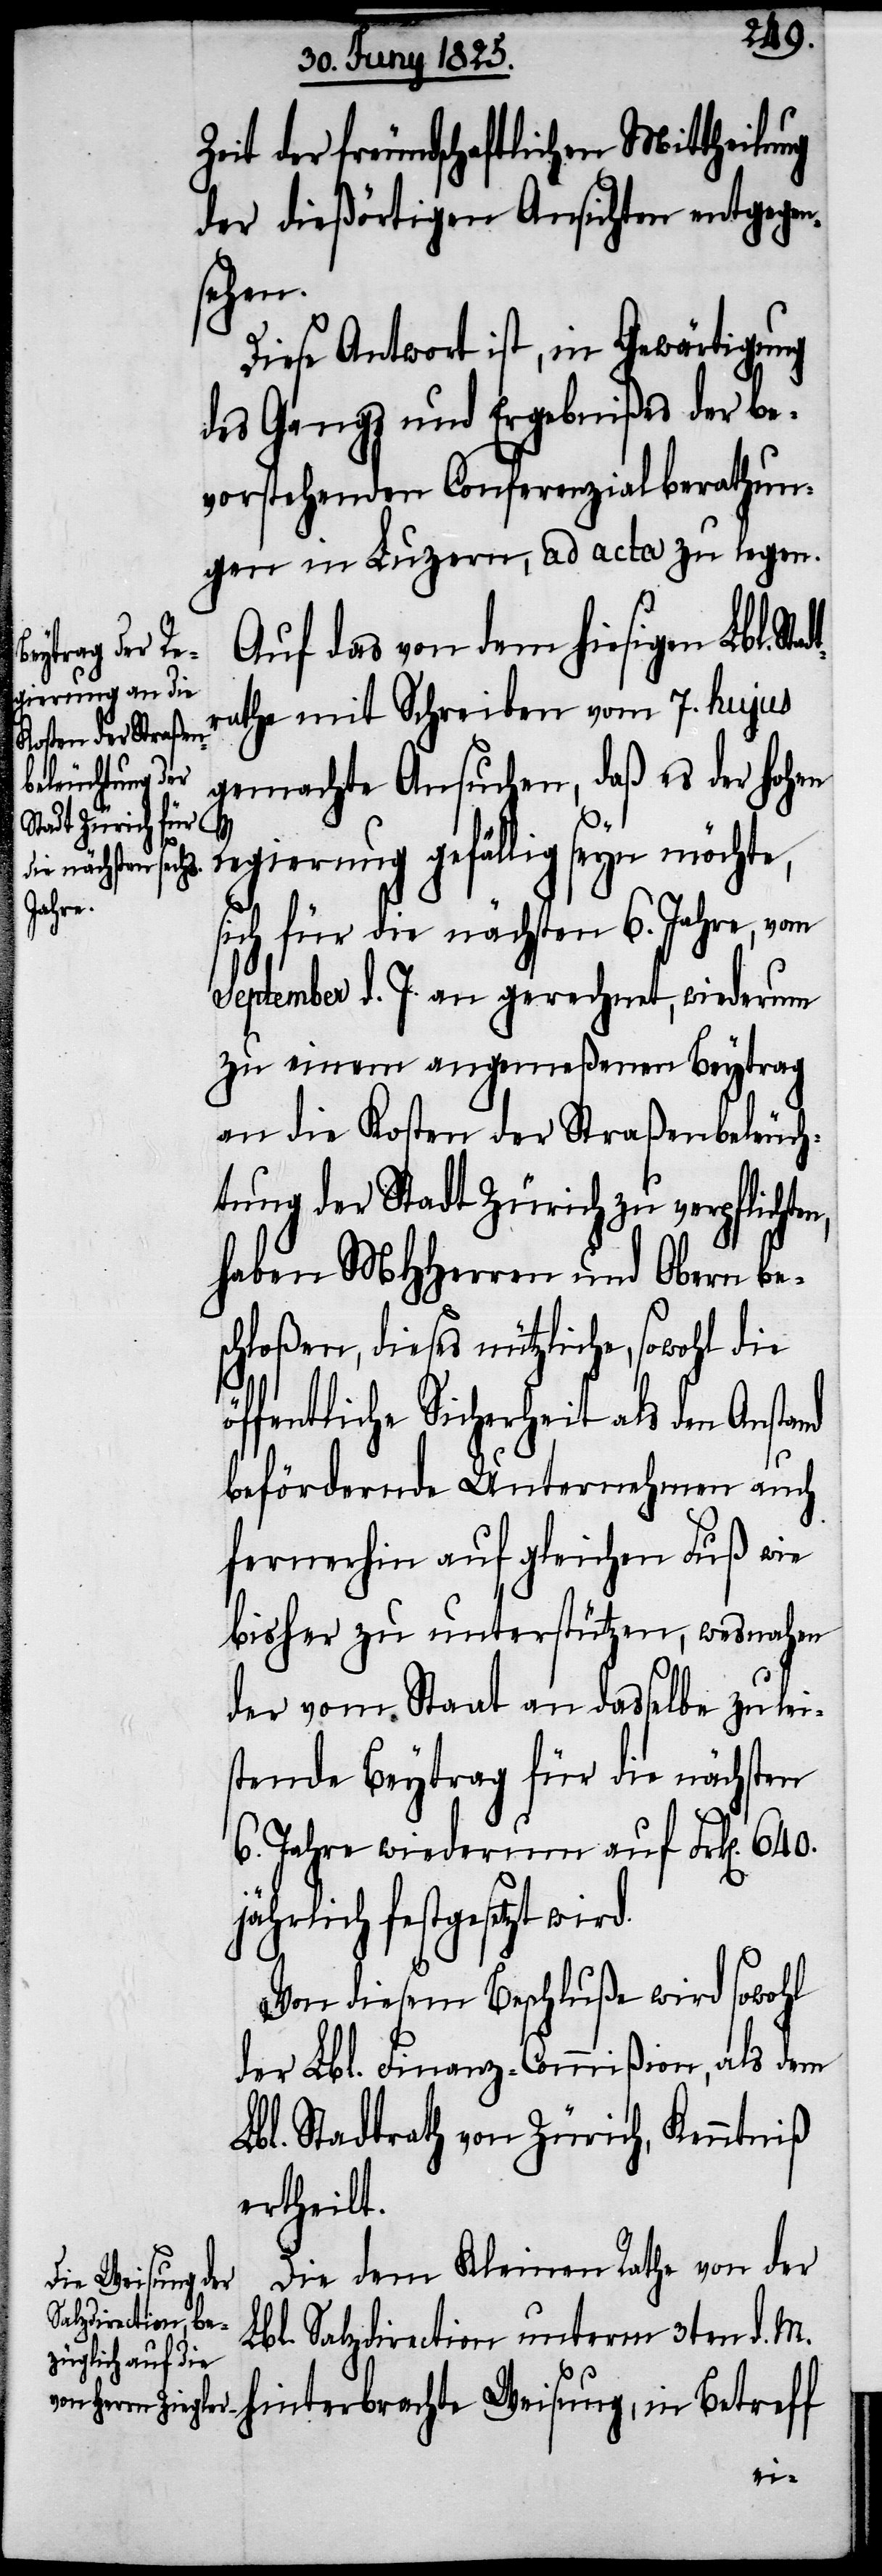
Zeit der freundschaftlichen Mittheilung
der dießörtigen Ansichten entgegen¬
sehen.
Diese Antwort ist, in Gewärtigung
des Gangs und Ergebnißes der be¬
vorstehenden Conferenzialberathun¬
gen in Luzern, ad acta zu legen.
Auf das von dem hiesigen Lbl. St¬
athe mit Schreiben vom 7. hujus
gemachte Ansuchen, daß es der hohen
d.
Regierung gefällig seyn möchte,
sich für die nächsten 6. Jahre, vom
September d. J. an gerechnet, wiederum
zu einem angemeßenen Beytrag
an die Kosten der Straßenbeleuch¬
tung der Stadt Zürich zu verpflichte¬
haben MHHerren und Obern bes¬
chloßen, dieses nützliche, sowohl die
öffentliche Sicherheit als den Anstand
befördernde Unternehmen auch
fernerhin auf gleichen Fuß wie
bisher zu unterstützen, wesnahen
der vom Staat an dasselbe zu lei¬
stende Beytrag für die nächsten
6. Jahre wiederum auf Frk[en].
jährlich festgesetzt wir¬
Von diesem Beschluße wird sowohl
der Lbl. Finanz-Commißion, als dem
Lbl. Stadtrath von Zürich, Kenntniß
ertheilt.
adtr¬